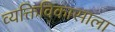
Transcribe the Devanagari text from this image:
व्यक्तिविकासाला